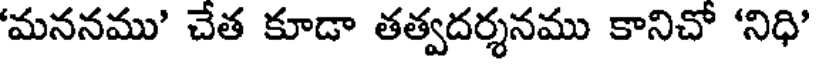
'మననము' చేత కూడా తత్వదర్శనము కానిచో 'నిధి'